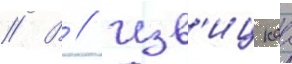
// В // Изв'ицкаа